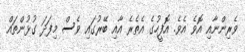
ވެރިންނާއި އޮވެ އެވެ. އޮފީހުގެ އެތެރެ އާއި ބޭރުގައި ވެސް މިފަދަ ގުޅުންތައް